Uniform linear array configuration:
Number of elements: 16
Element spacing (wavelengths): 1
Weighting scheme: exponential
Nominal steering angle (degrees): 60
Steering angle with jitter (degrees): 60.835
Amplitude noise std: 0.05
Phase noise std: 0.05

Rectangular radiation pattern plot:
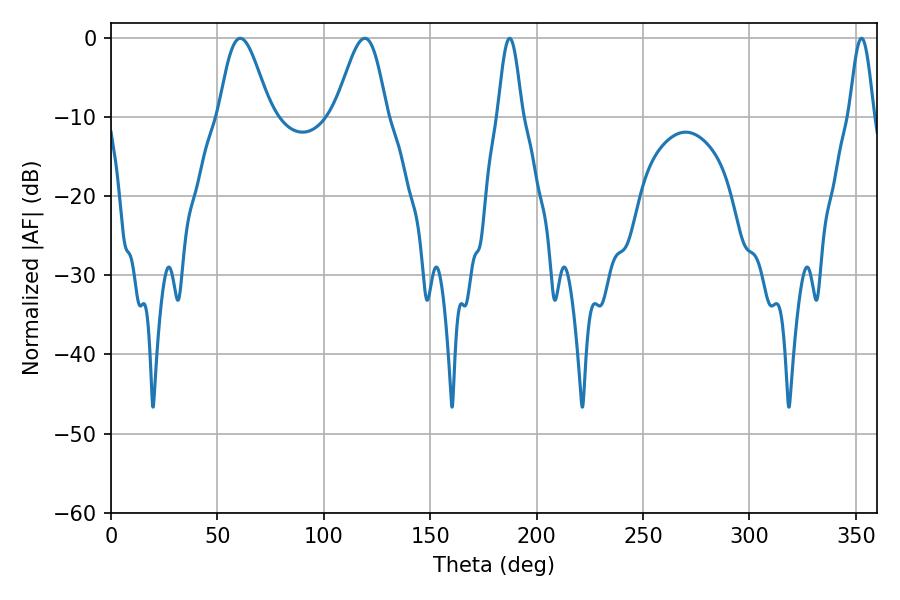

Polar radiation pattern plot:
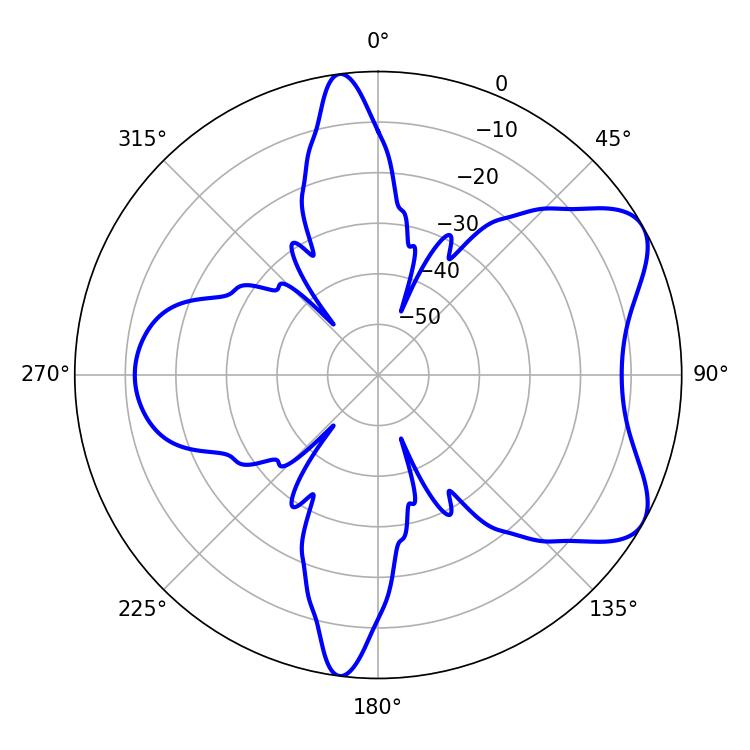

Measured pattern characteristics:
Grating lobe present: TRUE
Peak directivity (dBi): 6.799
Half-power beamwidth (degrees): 12.78
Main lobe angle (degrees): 60.66